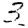
Digit: 3